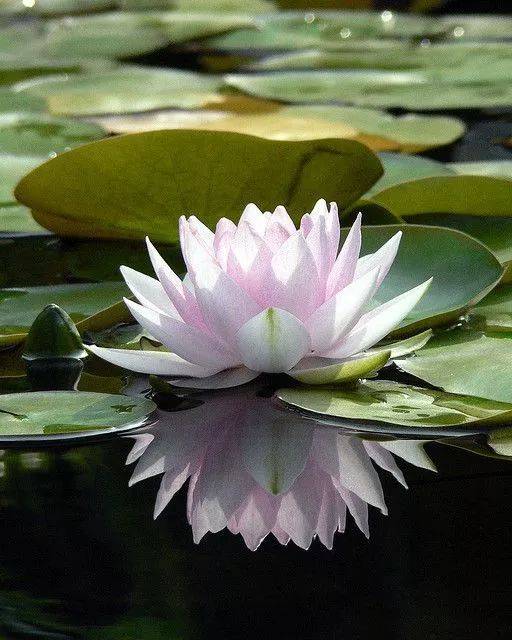
绿池落尽红蕖却，荷叶犹开最小钱。